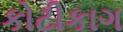
કોટીકાગ